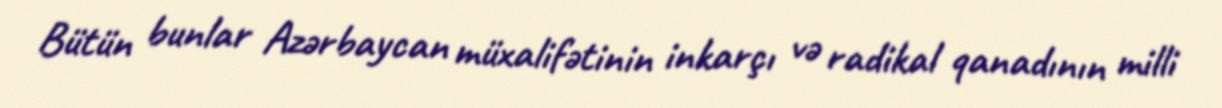
Bütün bunlar Azərbaycan müxalifətinin inkarçı və radikal qanadının milli